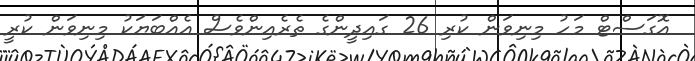
އޮގަސްޓް މަހު މިނިވަން ކުރި 26 ގައިދީންގެ ތެރެއިންވެސް އެއްބަޔަކު މިނިވަން ކުރީ